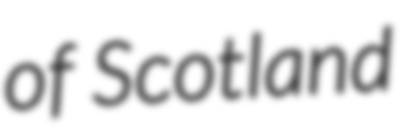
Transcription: of Scotland